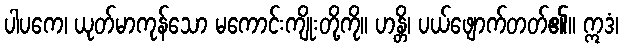
ပါပကေ၊ ယုတ်မာကုန်သော မကောင်းကျိုးတို့ကို။ ဟန္တိ၊ ပယ်ဖျောက်တတ်၏။ ဣဒံ၊